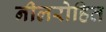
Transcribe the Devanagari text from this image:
नीलरोहित